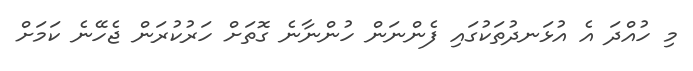
މި ހުއްދަ އެ އުޅަނދުތަކުގައި ފެންނަން ހުންނާނެ ގޮތަށް ހަރުކުރަން ޖެހޭނެ ކަމަށް